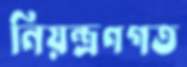
নিয়ন্ত্রণগত